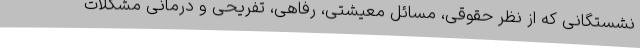
نشستگانی که از نظر حقوقی، مسائل معیشتی، رفاهی، تفریحی و درمانی مشکلات